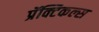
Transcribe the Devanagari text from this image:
प्रॅक्टिकल्स